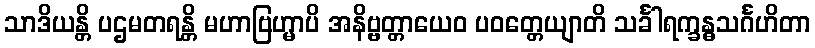
သာဒိယန္တိ ပဌမတရန္တိ မဟာဗြဟ္မာပိ အနိဗ္ဗတ္တာယေဝ ပဝတ္တေယျာတိ သင်္ခါရက္ခန္ဓသင်္ဂဟိတာ